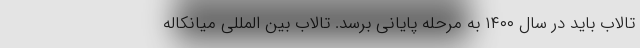
تالاب باید در سال ۱۴۰۰ به مرحله پایانی برسد. تالاب بین المللی میانکاله